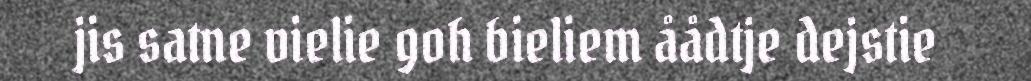
jis satne vielie goh bieliem åådtje dejstie